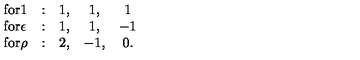
\begin{array} { l c c c c } { \mathrm { f o r } 1 } & { : } & { 1 , } & { 1 , } & { 1 } \\ { \mathrm { f o r } \epsilon } & { : } & { 1 , } & { 1 , } & { - 1 } \\ { \mathrm { f o r } \rho } & { : } & { 2 , } & { - 1 , } & { 0 . } \\ \end{array}